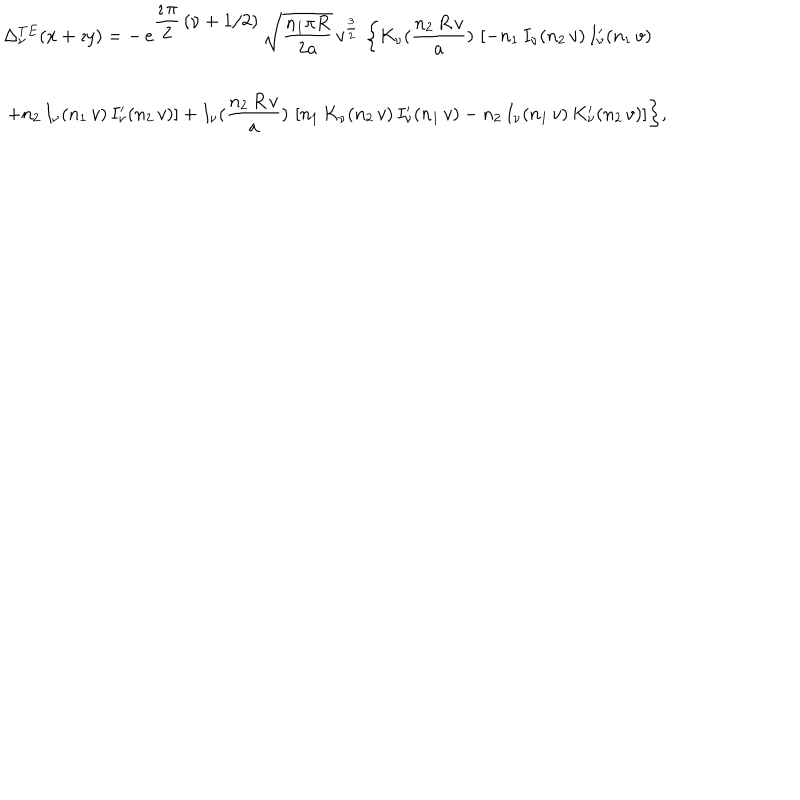
\begin{array} { c } { { \Delta _ { \nu } ^ { T E } ( x + \imath y ) = \displaystyle { - \, e ^ { \displaystyle { \frac { \imath \, \pi } { 2 } \, \left( \nu + 1 / 2 \right) } } \, { \sqrt { \frac { n _ { 1 } \pi R } { 2 a } } } \, } \displaystyle { { v } ^ { \frac { 3 } { 2 } } \, \left\{ K _ { \nu } ( \frac { n _ { 2 } \, R \, v } { a } ) \, \left[ - n _ { 1 } \, I _ { \nu } ( n _ { 2 } \, v ) \, I _ { \nu } ^ { \prime } ( n _ { 1 } \, v ) \right. \right. } } } \\ { { \displaystyle { \phantom { \frac { 1 } { 1 } } \left. \left. + n _ { 2 } \, I _ { \nu } ( n _ { 1 } \, v ) \, I _ { \nu } ^ { \prime } ( n _ { 2 } \, v ) \right] + I _ { \nu } ( \frac { n _ { 2 } \, R \, v } { a } ) \, \left[ n _ { 1 } \, K _ { \nu } ( n _ { 2 } \, v ) \, I _ { \nu } ^ { \prime } ( n _ { 1 } \, v ) - n _ { 2 } \, I _ { \nu } ( n _ { 1 } \, v ) \, K _ { \nu } ^ { \prime } ( n _ { 2 } \, v ) \right] \right\} } , } } \\ \end{array}